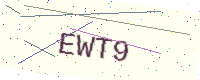
Text: EWT9